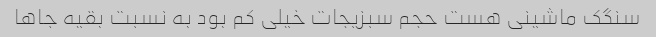
سنگک ماشینی هست حجم سبزیجات خیلی کم بود به نسبت بقیه جاها